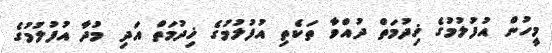
މީހުން އުފުލުމުގެ ޚިދުމަތް ދުއްވާ ތަކެތި އުފުލުމުގެ ޚިދުމަތް އަދި މުދާ އުފުލުމުގެ